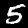
Digit: 5